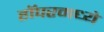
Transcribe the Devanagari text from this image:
हॉपरमध्ये